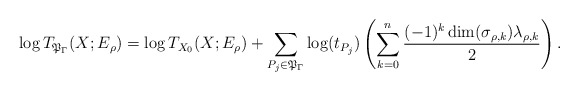
\begin{align*}\log T_{\mathfrak{P}_{\Gamma}}(X;E_\rho)=\log T_{X_0}(X;E_\rho)+\sum_{P_j\in\mathfrak{P}_{\Gamma}}\log(t_{P_j})\left(\sum_{k=0}^n\frac{(-1)^k\dim(\sigma_{\rho,k})\lambda_{\rho,k}}{2}\right).\end{align*}